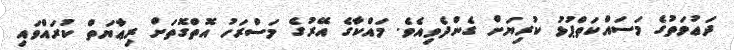
ދަޢުވަތުގެ މަސައްކަތްޕުޅު ކުރިޔަށް ގެންދެވިއެވެ. މައްކާގެ އޭރުގެ މަސްރަހު އޮތްގޮތަށް ރިޢާޔަތް ކުރައްވައި